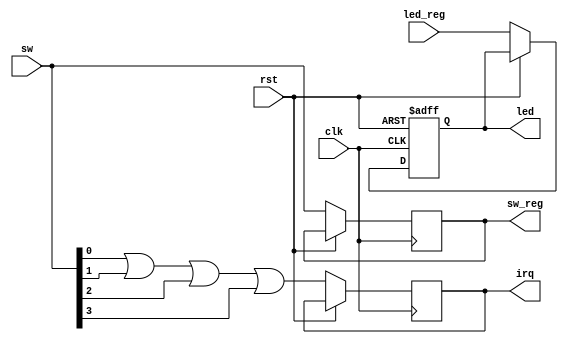
`timescale 1ns / 1ps
//////////////////////////////////////////////////////////////////////////////////
// Company: 
// Engineer: 
// 
// Design Name: 
// Module Name: memory_filter1
// Project Name: 
// Target Devices: 
// Tool Versions: 
// Description: 
// 
// Dependencies: 
// 
// Revision:
// Revision 0.01 - File Created
// Additional Comments:
// 
//////////////////////////////////////////////////////////////////////////////////


module soc_gpio
#(
  parameter data_width = 3  //# of bits data

  )
(
            input         clk,
            input         rst,
            input  [data_width:0] sw,
            output reg [data_width:0] led,
            output  reg [data_width:0] sw_reg,
            input [data_width:0] led_reg,
            output reg irq

);



always @(posedge clk or posedge rst) begin
    if (rst) begin
        led <= 4'd0;        
    end
    else if (!rst) begin
        sw_reg  <= sw;
        led <= led_reg;  
        irq <= sw[0] | sw[1] | sw[2] | sw[3]; //interno
    end
end

     

endmodule